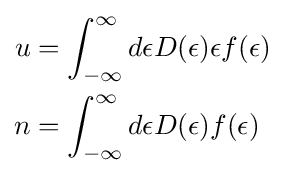
{\begin{aligned}u&=\int _{-\infty }^{\infty }d\epsilon D(\epsilon )\epsilon f(\epsilon )\\n&=\int _{-\infty }^{\infty }d\epsilon D(\epsilon )f(\epsilon )\end{aligned}}